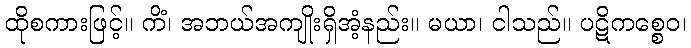
ထိုစကားဖြင့်။ ကိံ၊ အဘယ်အကျိုးရှိအံ့နည်း။ မယာ၊ ငါသည်။ ပဋိကစ္စေဝ၊